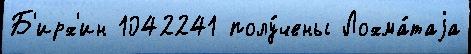
Б'ирх'ин 1042241 полу́чены Лохма́таjа